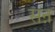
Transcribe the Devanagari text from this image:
सऩ